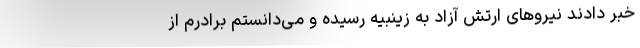
خبر دادند نیروهای ارتش آزاد به زینبیه رسیده و می‌دانستم برادرم از